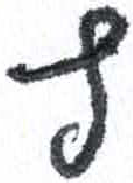
אות: ץ